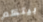
بيتكم